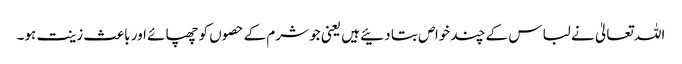
اللہ تعالیٰ نے لباس کے چند خواص بتا دئیے ہیں یعنی جو شرم کے حصوں کو چھپائے اور باعث زینت ہو۔